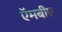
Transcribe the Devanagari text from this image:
ऍमबीए